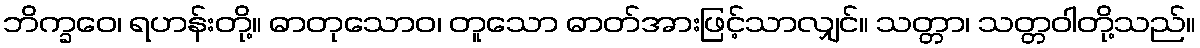
ဘိက္ခဝေ၊ ရဟန်းတို့။ ဓာတုသောဝ၊ တူသော ဓာတ်အားဖြင့်သာလျှင်။ သတ္တာ၊ သတ္တဝါတို့သည်။